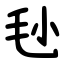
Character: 毜